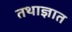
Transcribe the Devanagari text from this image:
तथाज्ञात